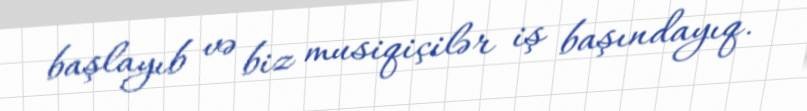
başlayıb və biz musiqiçilər iş başındayıq.